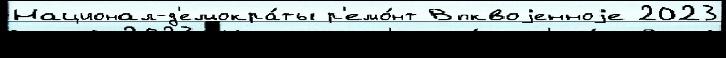
Национал-д'емокра́ты р'емо́нт Впквоjенноjе 2023